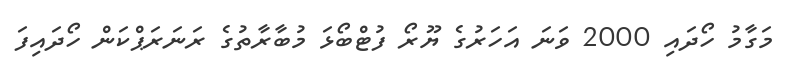
މަގާމު ހޯދައި 2000 ވަނަ އަހަރުގެ ޔޫރޯ ފުޓްބޯޅަ މުބާރާތުގެ ރަނަރަޕްކަން ހޯދައިފަ